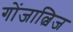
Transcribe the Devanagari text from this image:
गोंजाल्विज